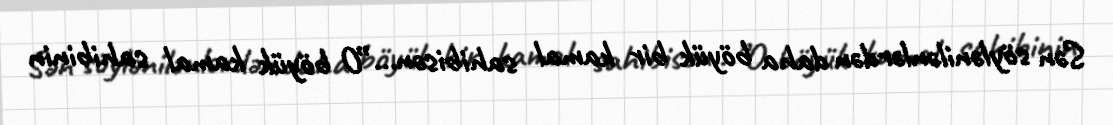
Sən söylənilənlərdən daha böyük bir kamal sahibisən...”O böyük kamal sahibinin